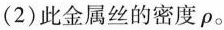
(2)此金属丝的密度 \rho 。